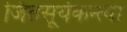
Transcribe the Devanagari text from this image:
जितसूर्यकन्त्या